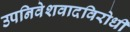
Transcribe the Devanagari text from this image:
उपनिवेशवादविरोधी